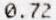
0.72